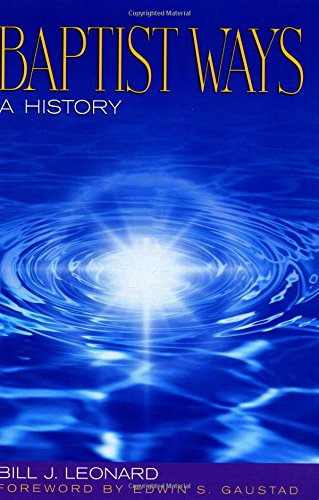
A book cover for Baptist Ways: A History; Bill J. Leonard; Christian Books & Bibles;